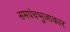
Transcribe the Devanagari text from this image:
समपंचभुजाकार